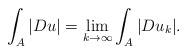
\begin{align*}\int_{A}|Du| = \lim_{k \to \infty} \int_{A}|Du_k|.\end{align*}